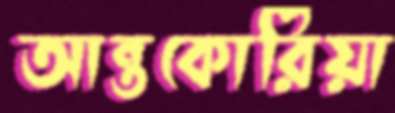
আন্তকোরিয়া